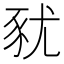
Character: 𧰰